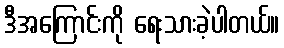
ဒီအကြောင်းကို ရေးသားခဲ့ပါတယ်။